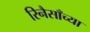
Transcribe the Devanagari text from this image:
रिनैसाँच्या